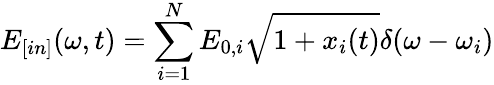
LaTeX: E_{[in]}(\omega,t)=\sum_{i=1}^{N}E_{0,i}\sqrt{1+x_{i}(t)}\delta(\omega-\omega_{i})